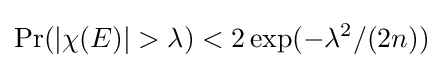
\Pr(|\chi (E)|>\lambda )<2\exp(-\lambda ^{2}/(2n))